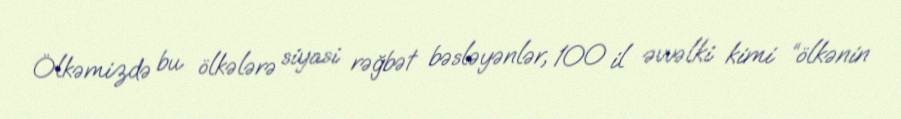
Ölkəmizdə bu ölkələrə siyasi rəğbət bəsləyənlər, 100 il əvvəlki kimi “ölkənin